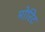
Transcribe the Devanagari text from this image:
मोरिट